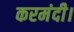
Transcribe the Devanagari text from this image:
करमंदी।